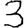
Digit: 3